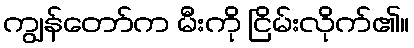
ကျွန်တော်က မီးကို ငြိမ်းလိုက်၏။